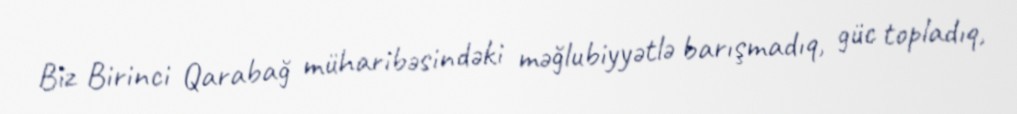
Biz Birinci Qarabağ müharibəsindəki məğlubiyyətlə barışmadıq, güc topladıq,